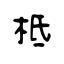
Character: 柢